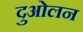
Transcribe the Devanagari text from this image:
दुओलन